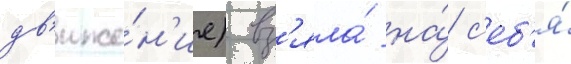
дв'иже́н'ие) вз'яла́ на́ с'еб'я́